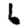
Digit: 6